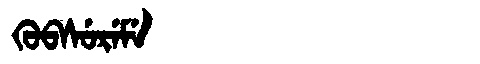
Manchu: ᡴᡠᠪᠰᡠᡵᡝᠮᡝ
Romanization: KUBSUREME